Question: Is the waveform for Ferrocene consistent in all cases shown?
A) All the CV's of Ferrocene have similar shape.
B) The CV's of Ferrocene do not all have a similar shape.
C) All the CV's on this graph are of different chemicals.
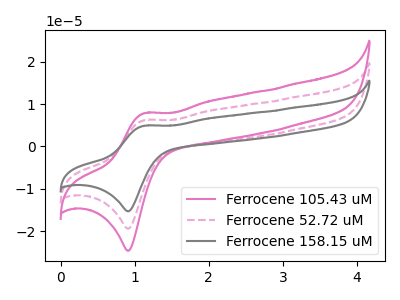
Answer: <think>The pink curve "Ferrocene 105.43 uM" has an anodic peak at (1.15V, 7.85uA) and a cathodic peak at (0.90V, -24.60uA). The pink dashed curve "Ferrocene 52.72 uM" has an anodic peak at (1.15V, 6.20uA) and a cathodic peak at (0.90V, -19.40uA). The gray curve "Ferrocene 158.15 uM" has an anodic peak at (1.15V, 12.40uA) and a cathodic peak at (0.90V, -38.80uA).
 All the peaks in "Ferrocene 105.43 uM" have a peak in "Ferrocene 52.72 uM" at the same potential. Every peak in "Ferrocene 105.43 uM" is higher than every peak in "Ferrocene 52.72 uM". All the peaks in "Ferrocene 105.43 uM" have a peak in "Ferrocene 158.15 uM" at the same potential. Every peak in "Ferrocene 105.43 uM" is lower than every peak in "Ferrocene 158.15 uM". All the peaks in "Ferrocene 52.72 uM" have a peak in "Ferrocene 158.15 uM" at the same potential. Every peak in "Ferrocene 52.72 uM" is lower than every peak in "Ferrocene 158.15 uM".</think>
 <answer>A) All the CV's of "Ferrocene" have similar shape.</answer>
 <eval>A</eval>